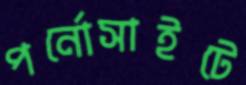
পর্নোসাইটে